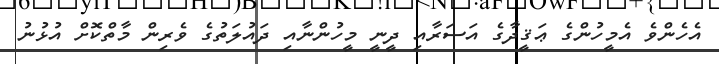
އެހެންވެ އެމީހުންގެ ޢަޤީދާގެ އަސަރާއި ދީނީ މީހުންނާއި ދައުލަތުގެ ވެރިން މާތްކޮށް އުޅުނު